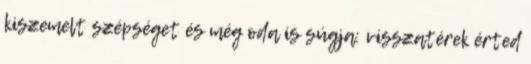
kiszemelt szépséget és még oda is súgja: visszatérek érted